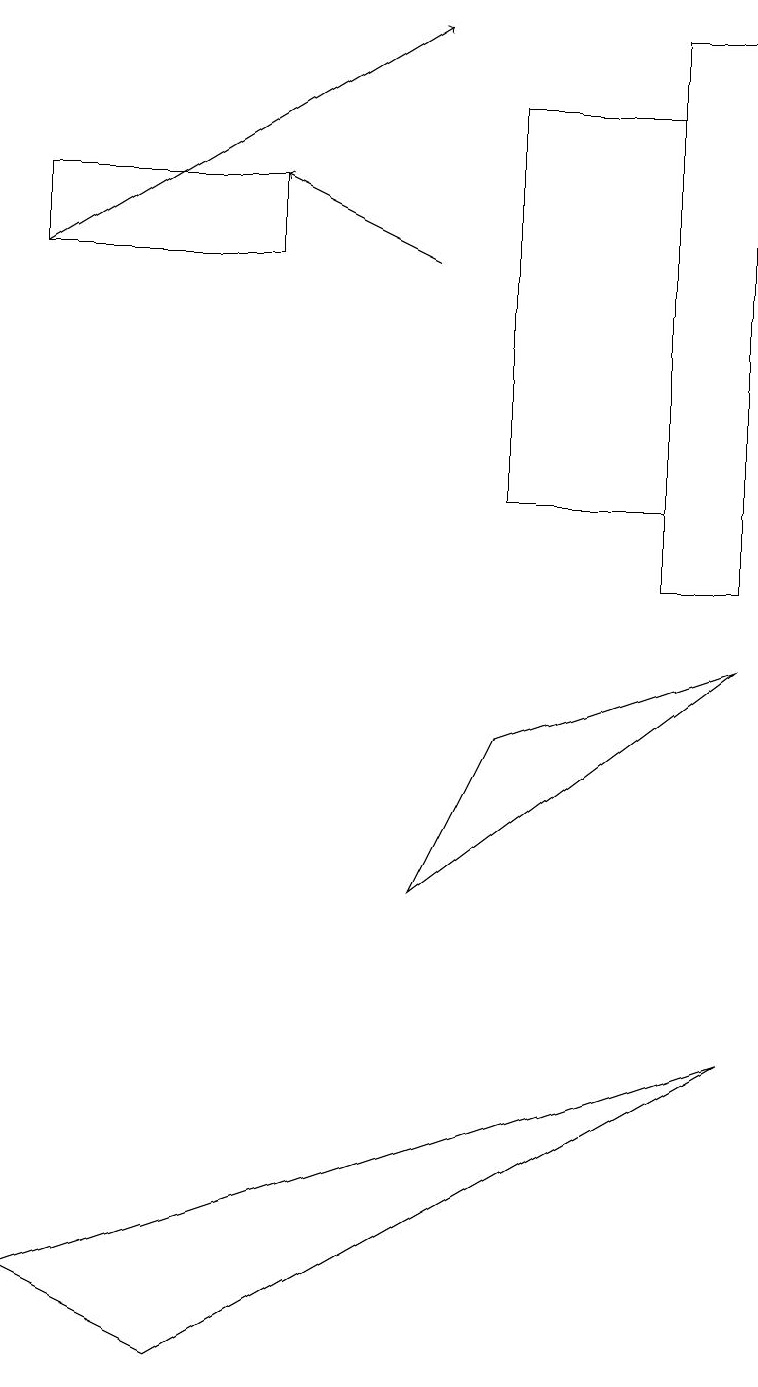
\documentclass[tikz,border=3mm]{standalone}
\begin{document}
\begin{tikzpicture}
\draw (8,10) rectangle (9,17);
\draw (6,8) -- (9,9) -- (5,6) -- cycle;
\draw[->] (0,14) -- (5,17);
\draw (8,16) rectangle (6,11);
\draw (2,0) -- (0,1) -- (9,4) -- cycle;
\draw[->] (5,14) -- (3,15);
\draw (3,14) rectangle (0,15);
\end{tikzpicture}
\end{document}